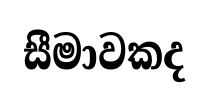
සීමාවකද